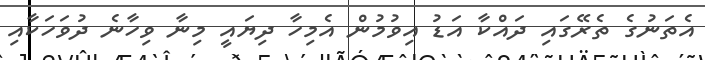
އެތަނުގެ ތެރޭގައި ދައްކާ އަޑު އިވުމުން އެމިހާ ދިޔައީ މިނާ ވިހާނެ ދުވަހަކާއި